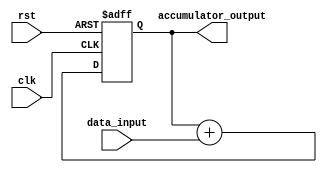
module accumulator(
    input clk,
    input rst,
    input [7:0] data_input,
    output reg [15:0] accumulator_output
);

reg [15:0] accumulator_reg;

always @(posedge clk or posedge rst) begin
    if(rst) begin
        accumulator_reg <= 0;
    end else begin
        accumulator_reg <= accumulator_reg + data_input;
    end
end

assign accumulator_output = accumulator_reg;

endmodule